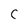
Character: C